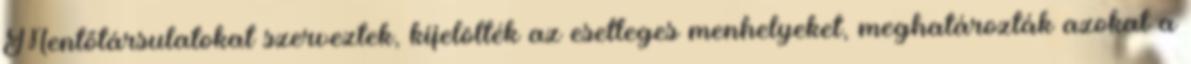
Mentőtársulatokat szerveztek, kijelölték az esetleges menhelyeket, meghatározták azokat a